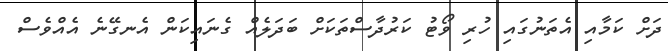
ދަށް ކަމާއި އެތަނުގައި ހުރި ވޯޓު ކަރުދާސްތަކަށް ބަދަލެއް ގެނައިކަން އެނގޭނެ އެއްވެސް